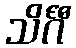
သိင်္ဂီ